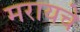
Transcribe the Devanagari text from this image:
मरायचे